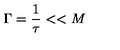
\Gamma = { \frac { 1 } { \tau } } < < M